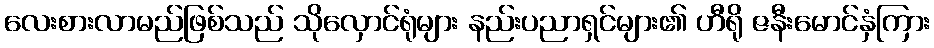
လေးစားလာမည်ဖြစ်သည် သိုလှောင်ရုံများ နည်းပညာရှင်များ၏ ဟီရို ဇနီးမောင်နှံကြား